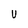
Character: U